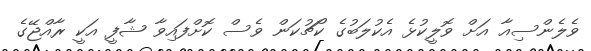
ވެލެންސިއާ އަށް ވޮލީކުޅެ އެކުލަބުގެ ކޯޗުކަން ވެސް ކޮށްފައިވާ ޝާފީ އަކީ ރާއްޖޭގެ